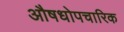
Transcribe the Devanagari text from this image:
औषधोपचारिक